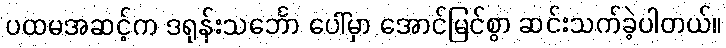
ပထမအဆင့်က ဒရုန်းသင်္ဘော ပေါ်မှာ အောင်မြင်စွာ ဆင်းသက်ခဲ့ပါတယ်။